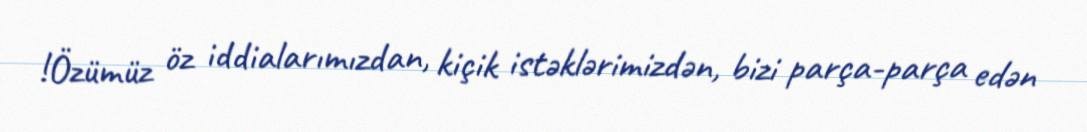
!Özümüz öz iddialarımızdan, kiçik istəklərimizdən, bizi parça-parça edən